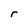
Character: r